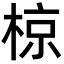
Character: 椋